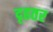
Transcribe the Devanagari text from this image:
दृढतर